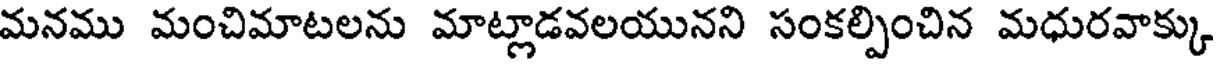
మనము మంచిమాటలను మాట్లాడవలయునని సంకల్పించిన మధురవాక్కు